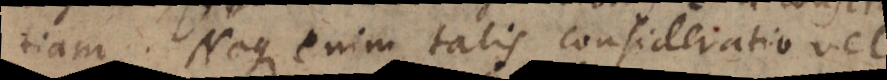
tiam... Neque enim talis consideratio vel